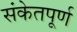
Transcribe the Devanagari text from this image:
संकेतपूर्ण